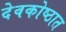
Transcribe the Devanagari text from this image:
देवकोष्ठात